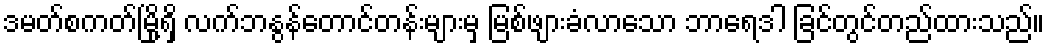
ဒမတ်စကတ်မြို့ရှိ လက်ဘနွန်တောင်တန်းများမှ မြစ်ဖျားခံလာသော ဘာရေဒါ ခြင်တွင်တည်ထားသည်။